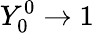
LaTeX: Y_{0}^{0}\rightarrow 1